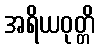
အရိယဝုတ္တိ